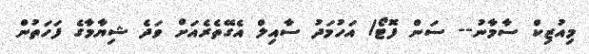
މިއުޒިކް ސާމާނު-- ސަން ފޮޓޯ/ އަހުމަދު ސާއިލް އެގޭތެރެއަށް ވަދެ ޝިޔާމާގެ ފަހަތުން